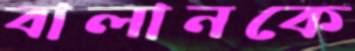
বালানকে